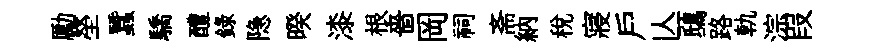
勵塋蠶驕醴録隐暌漆根嗇岡祠斋納稅寢户亾鴟路軌淙叚